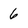
Character: 6